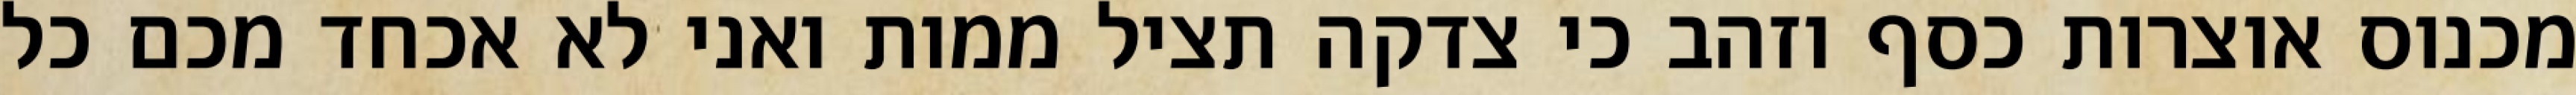
מכנוס אוצרות כסף וזהב כי צדקה תציל ממות ואני לא אכחד מכם כל